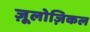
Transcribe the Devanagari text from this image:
ज़ूलोज़िकल